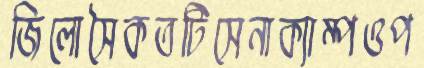
জিলোসৈকতটিসেনাক্যাম্পওপ